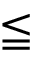
\leqq